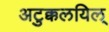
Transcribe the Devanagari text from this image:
अटुक्कलयिल्